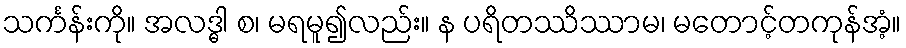
သင်္ကန်းကို။ အလဒ္ဓါ စ၊ မရမူ၍လည်း။ န ပရိတဿိဿာမ၊ မတောင့်တကုန်အံ့။